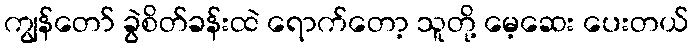
ကျွန်တော် ခွဲစိတ်ခန်းထဲ ရောက်တော့ သူတို့ မေ့ဆေး ပေးတယ်